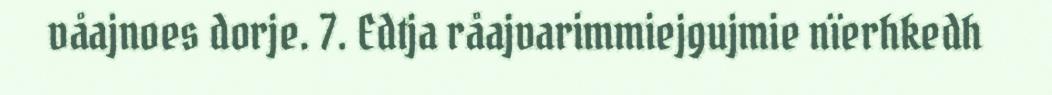
våajnoes dorje. 7. Edtja råajvarimmiejgujmie nïerhkedh